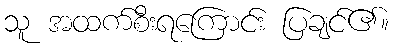
သူ အထက်စီးရကြောင်း ပြချင်၏။